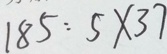
1 8 5 : 5 \times 3 7